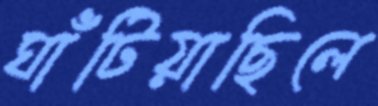
ঘাঁটিয়াছিলে